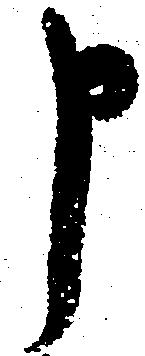
申